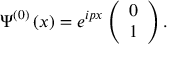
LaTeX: \Psi ^ { \left( 0 \right) } \left( x \right) = e ^ { i p x } \left( \begin{array} { c } { { 0 } } \\ { { 1 } } \end{array} \right) .